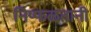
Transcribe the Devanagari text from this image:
निष्फळतानी